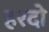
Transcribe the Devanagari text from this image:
हरदो